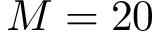
M = 2 0